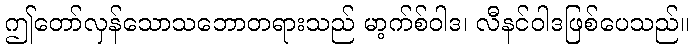
ဤတော်လှန်သောသဘောတရားသည် မာ့က်စ်ဝါဒ၊ လီနင်ဝါဒဖြစ်ပေသည်။